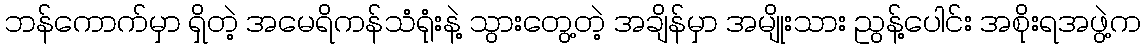
ဘန်ကောက်မှာ ရှိတဲ့ အမေရိကန်သံရုံးနဲ့ သွားတွေ့တဲ့ အချိန်မှာ အမျိုးသား ညွန့်ပေါင်း အစိုးရအဖွဲ့က